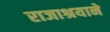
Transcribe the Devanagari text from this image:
राजाश्रयाने